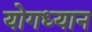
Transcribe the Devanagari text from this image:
योगध्‍यान